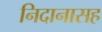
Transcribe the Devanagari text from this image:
निदानासह